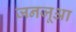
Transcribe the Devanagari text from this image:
जनजूआ